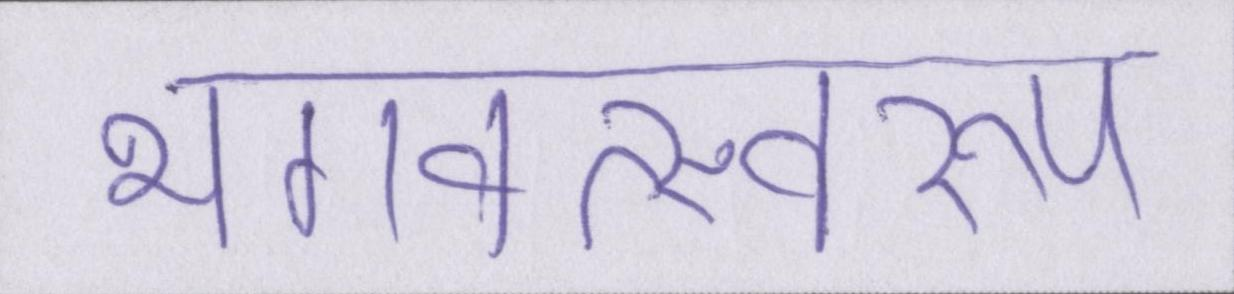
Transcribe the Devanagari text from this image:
भगवत्स्वरूप